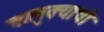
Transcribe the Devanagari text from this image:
चालुक्याची